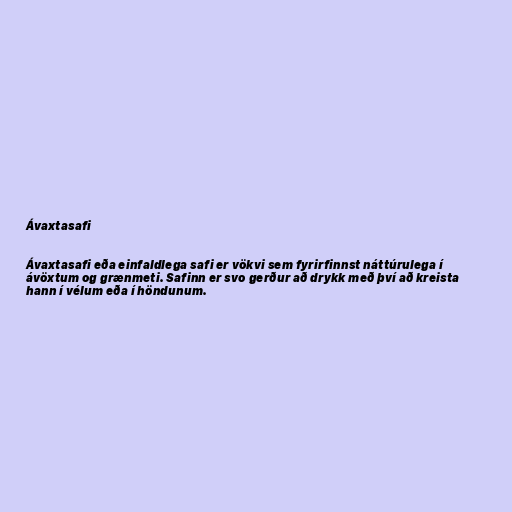
Ávaxtasafi

Ávaxtasafi eða einfaldlega safi er vökvi sem fyrirfinnst náttúrulega í
ávöxtum og grænmeti. Safinn er svo gerður að drykk með því að kreista
hann í vélum eða í höndunum.